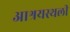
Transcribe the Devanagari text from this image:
आश्रयस्थली